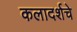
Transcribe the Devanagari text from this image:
कलादर्शचे